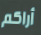
أراكم